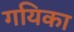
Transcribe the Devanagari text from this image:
गयिका